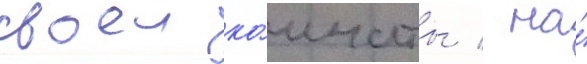
своеи ко́мнаты / на́